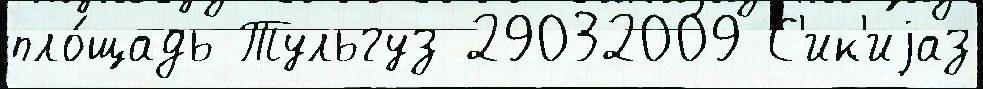
пло́щадь Тульгуз 29032009 С'ик'иjаз